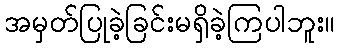
အမှတ်ပြုခဲ့ခြင်းမရှိခဲ့ကြပါဘူး။